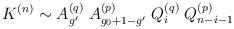
LaTeX: \begin{align*}K^{(n)}\sim A_{g'}^{(q)}\;A_{g_0+1-g'}^{(p)}\;Q_i^{(q)}\;Q_{n-i-1}^{(p)}\end{align*}